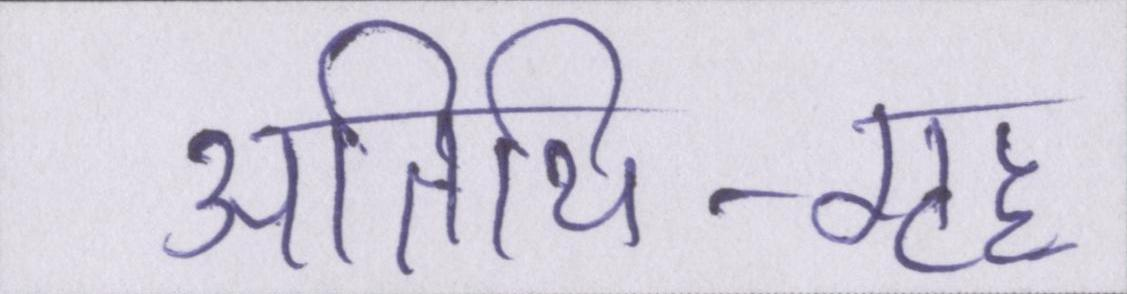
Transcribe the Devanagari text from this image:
अतिथि-गृह